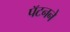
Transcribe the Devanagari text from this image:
पॅटनने